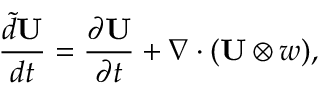
\frac { \tilde { d } \mathbf { U } } { d t } = \frac { \partial \mathbf { U } } { \partial t } + \nabla \cdot ( \mathbf { U } \otimes \boldsymbol { w } ) ,